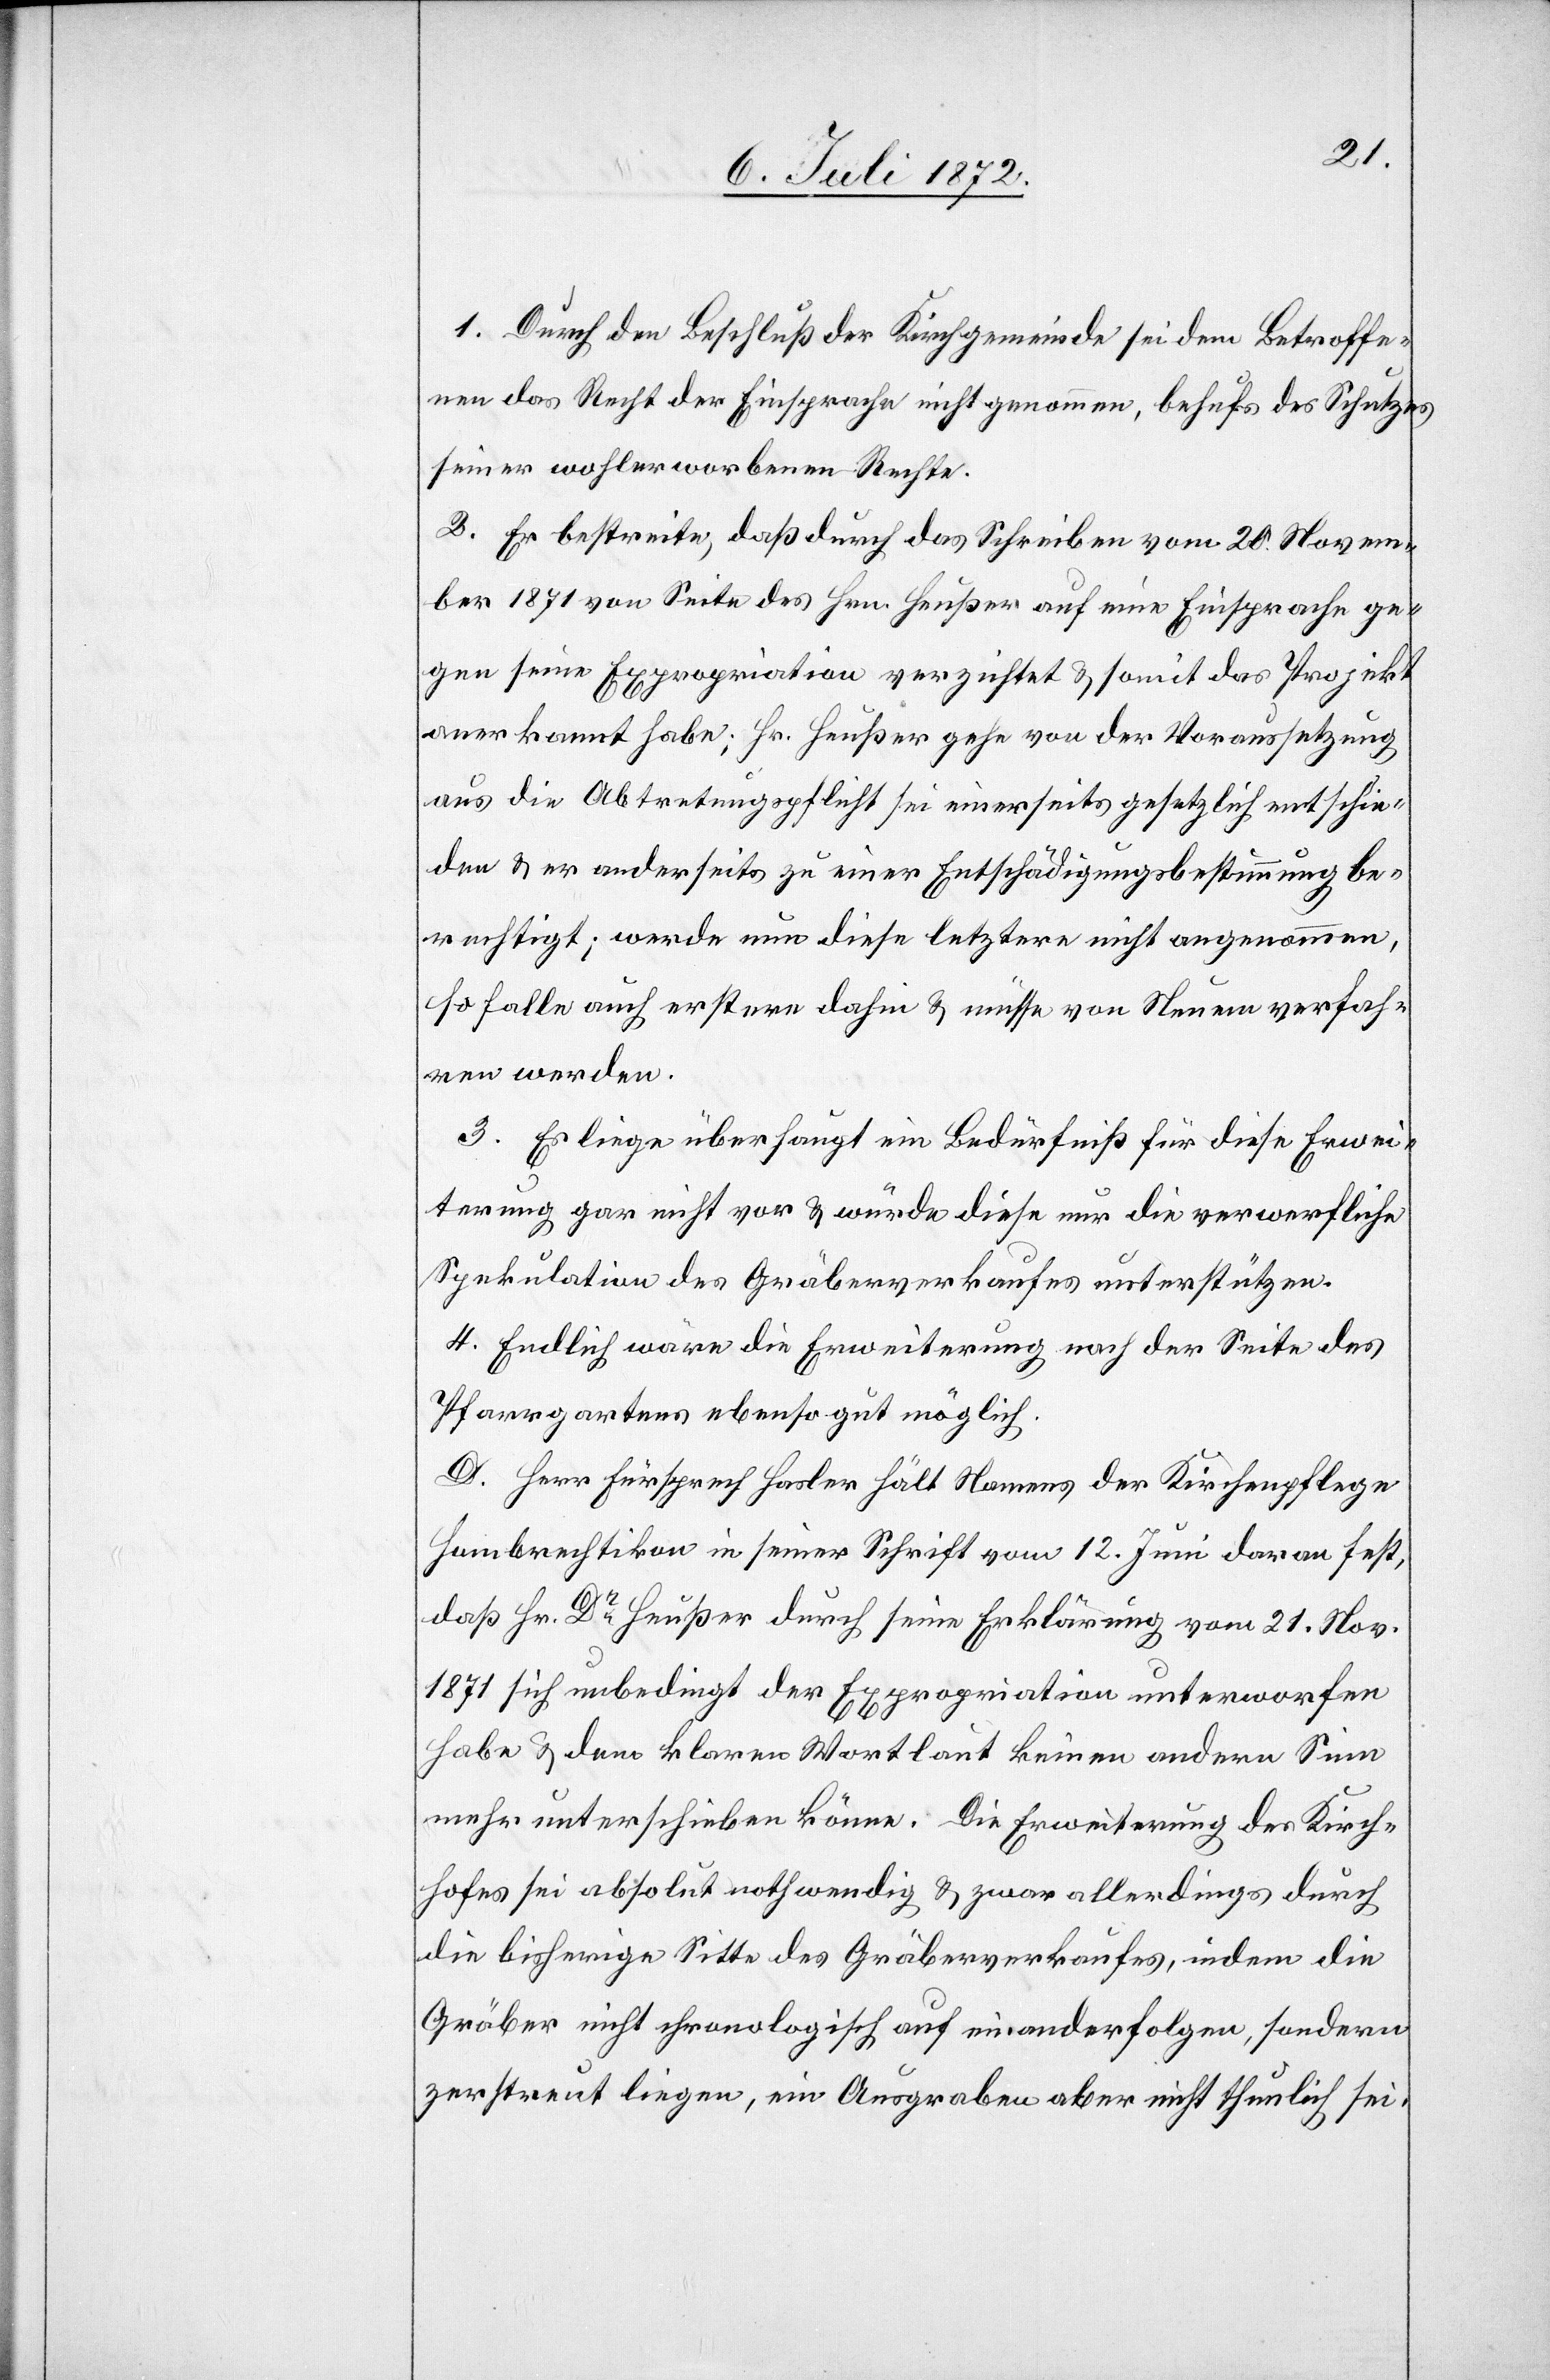
1. Durch den Beschluß der Kirchgemeinde sei dem Betroffe¬
nen das Recht der Einsprache nicht genommen, behufs des Schutzes
seiner wohlerworbenen Rechte.
2. Er bestreite, daß [er] durch das Schreiben vom 20. Novem¬
ber 1871 von Seite des Hrn. Heußer auf eine Einsprache ge¬
gen seine Expropriation verzichtet u. somit das Projekt
anerkannt habe; Hr. Heußer gehe von der Voraussetzung
aus die Abtretungspflicht sei einerseits gesetzlich entschie¬
den u. er anderseits zu einer Entschädigungsbestimmung be¬
rechtigt; werde nun diese letztere nicht angenommen,
so falle auch erstere dahin u. müsse von Neuem verfahr¬
en werden.
3. Es liege überhaupt ein Bedürfniß für diese Erwei¬
terung gar nicht vor u. würde diese nur die verwerfliche
Spekulation des Gräberverkaufes unterstützen.
4. Endlich wäre die Erweiterung nach der Seite des
Pfarrgartens ebenso gut möglich.
D. Herr Fürsprech Hasler hält Namens der Kirchenpflege
Hombrechtikon in seiner Schrift vom 12. Juni daran fest,
daß Hr. Dr Heußer durch seine Erklärung vom 21. Nov.
1871 sich unbedingt der Expropriation unterworfen
habe u. dem klaren Wortlaut keinen andern Sinn
mehr unterschieben könne. Die Erweiterung des Kirch¬
hofes sei absolut nothwendig u. zwar allerdings durch
die bisherige Sitte des Gräberverkaufes, indem die
Gräber nicht chronologisch auf einander folgen, sondern
zerstreut liegen, ein Ausgraben aber nicht thunlich sei,